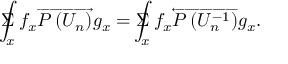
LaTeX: \Sigma \! \! \! \! \! \! \int _ { x } f _ { x } \overrightarrow { P \left( U _ { n } \right) } g _ { x } = \Sigma \! \! \! \! \! \! \int _ { x } f _ { x } \overleftarrow { P \left( U _ { n } ^ { - 1 } \right) } g _ { x } .